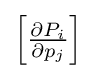
{\textstyle \left[{\frac {\partial P_{i}}{\partial p_{j}}}\right]}